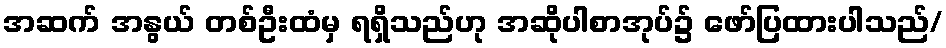
အဆက် အနွယ် တစ်ဦးထံမှ ရရှိသည်ဟု အဆိုပါစာအုပ်၌ ဖော်ပြထားပါသည်/